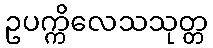
ဥပက္ကိလေသသုတ္တ